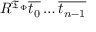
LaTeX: R ^ { { \mathfrak { T } } _ { \Phi } } { \overline { { t _ { 0 } } } } \ldots { \overline { { t _ { n - 1 } } } }